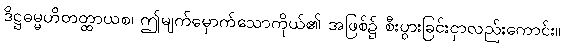
ဒိဋ္ဌဓမ္မဟိတတ္ထာယစ၊ ဤမျက်မှောက်သောကိုယ်၏ အဖြစ်၌ စီးပွားခြင်းငှာလည်းကောင်း။